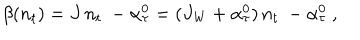
\beta ( n _ { t } ) = J \, n _ { t } ~ - \alpha _ { \tau } ^ { 0 } = ( J _ { \mathrm { W } } + \alpha _ { \tau } ^ { 0 } ) \, n _ { t } ~ - \alpha _ { \tau } ^ { 0 } ~ ,